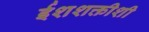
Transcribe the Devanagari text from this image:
ईशशक्तीशी